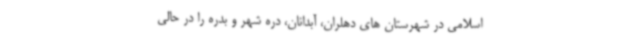
اسلامی در شهرستان های دهلران، آبدانان، دره شهر و بدره را در حالی